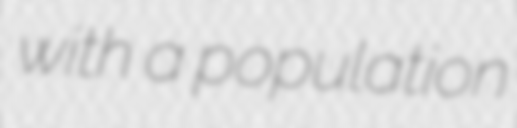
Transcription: with a population